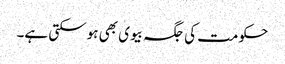
حکومت کی جگہ بیوی بھی ہوسکتی ہے۔